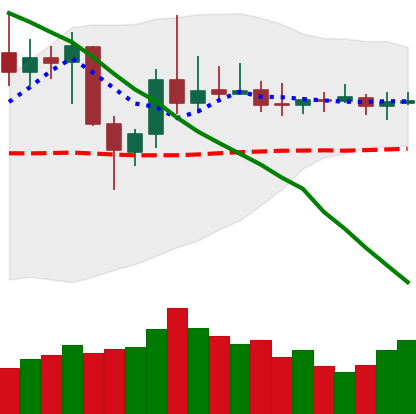
Ticker: DOGE-USD
Chart end date: 2019-11-06
Forward return: 3.31%
Label: up_3_5